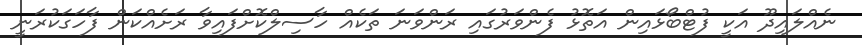
ނެއްލައިދޫ އަކީ ފުޓްބޯޅައިން އަތޮޅު ފެންވަރުގައި ރަންވަނަ ތަކެއް ހާސިލްކޮށްފައިވާ ރަށެއްކަން ފާހަގަކުރަނީ